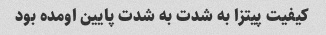
کیفیت پیتزا به شدت به شدت پایین اومده بود